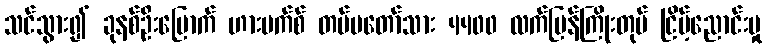
သင်သွား၍ ခုနစ်ဦးမြောက် ဟားမက်စ် တပ်မတော်သား 4400 လက်ပြန်ကြိုးတုပ် ငြိမ့်ညောင်းမှု